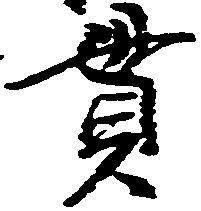
貫